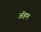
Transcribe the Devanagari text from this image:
ॲहम